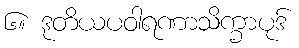
၆။ ဒုတိယပဝါရဏာသိက္ခာပုဒ်